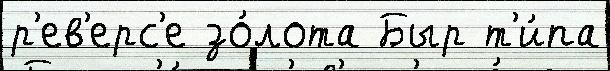
р'ев'ерс'е зо́лота Быр т'и́па